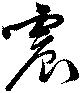
震